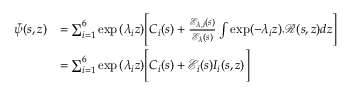
\begin{array} { r l } { \bar { \psi } ( s , z ) } & { = \sum _ { i = 1 } ^ { 6 } \exp { ( \lambda _ { i } z ) } \Bigg [ C _ { i } ( s ) + \frac { \mathscr { E } _ { \lambda , i } ( s ) } { \mathscr { E } _ { \lambda } ( s ) } \int \exp ( - \lambda _ { i } z ) \mathscr { R } ( s , z ) d z \Bigg ] } \\ & { = \sum _ { i = 1 } ^ { 6 } \exp { ( \lambda _ { i } z ) } \Bigg [ C _ { i } ( s ) + \mathscr { E } _ { i } ( s ) I _ { i } ( s , z ) \Bigg ] } \end{array}